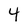
Character: 4